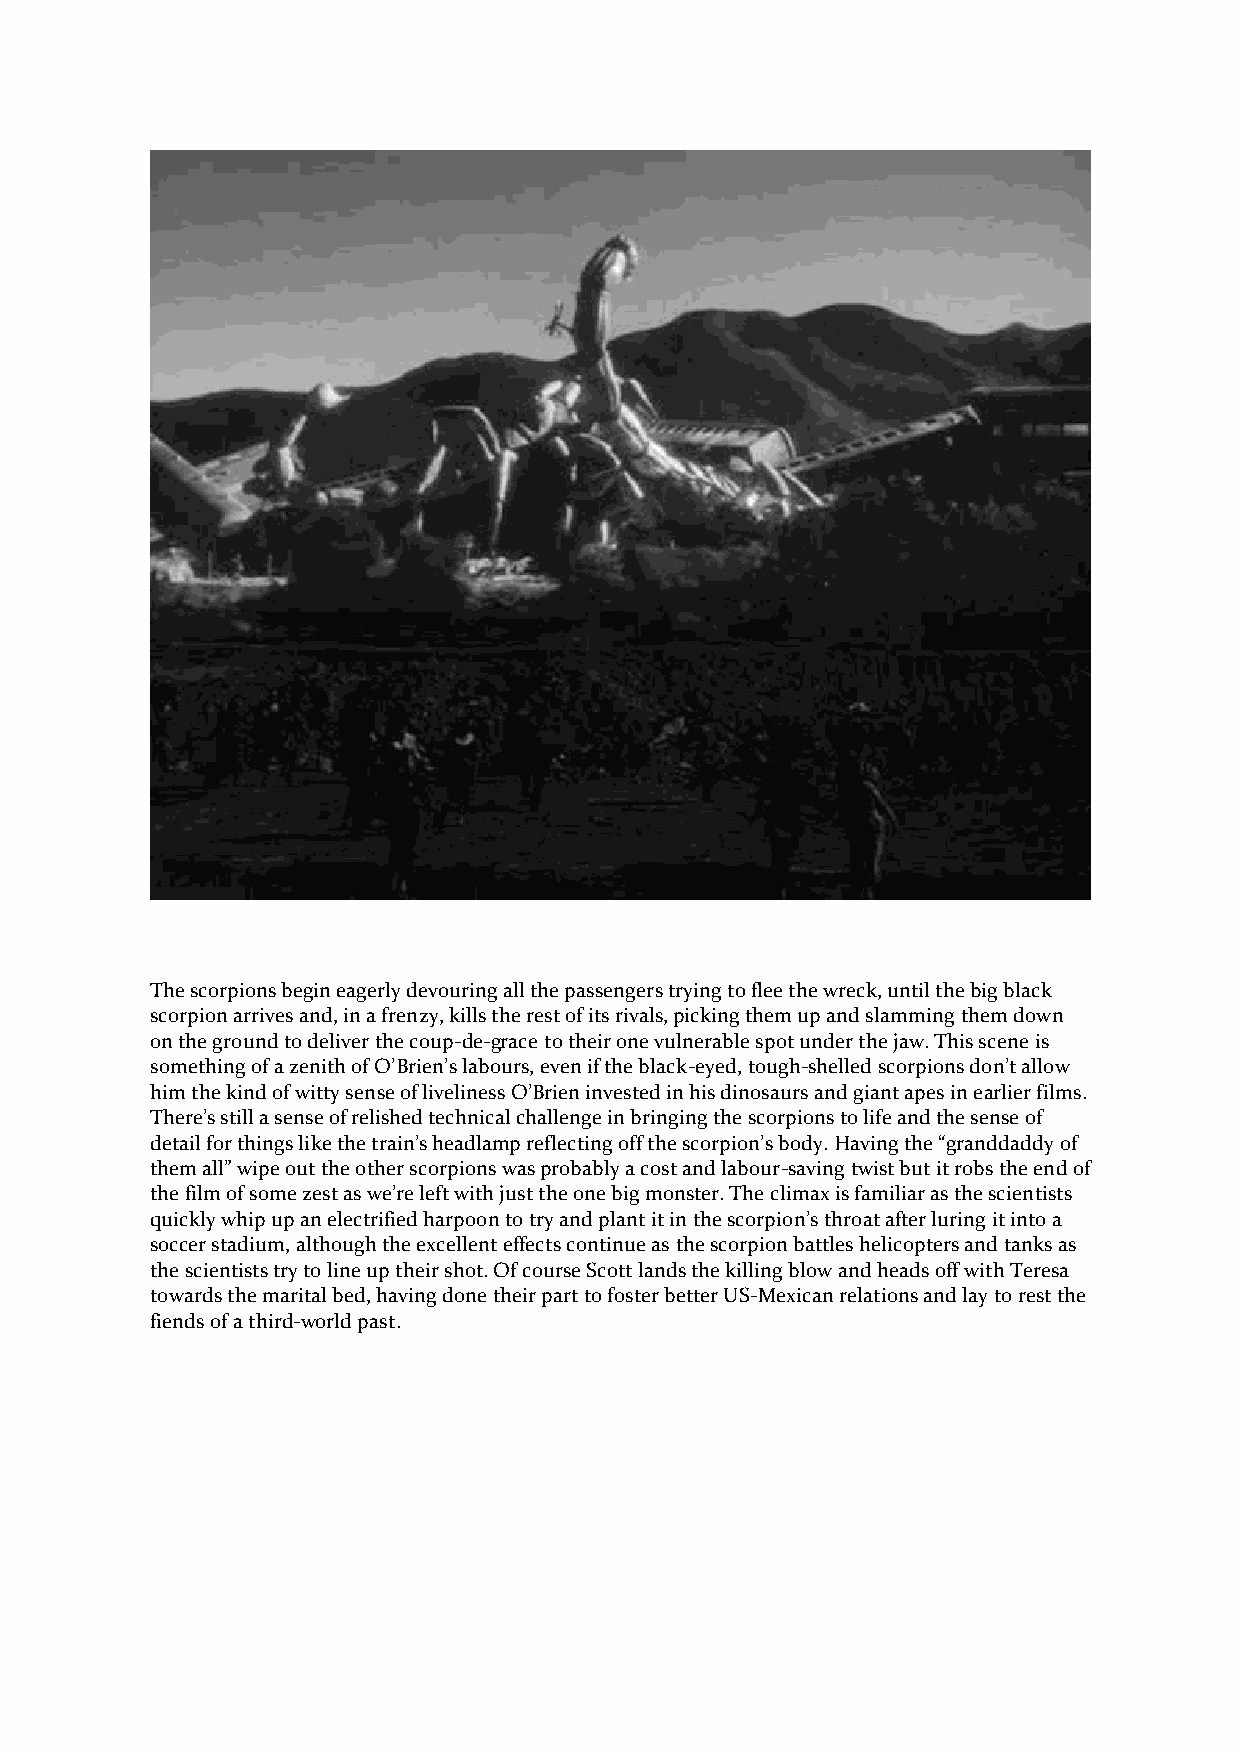
The scorpions begin eagerly devouring all the passengers trying to flee the wreck, until the big black
 scorpion arrives and, in a frenzy, kills the rest of its rivals, picking them up and slamming them down
 on the ground to deliver the coup-de-grace to their one vulnerable spot under the jaw. This scene is
 something of a zenith of O’Brien’s labours, even if the black-eyed, tough-shelled scorpions don’t allow
 him the kind of witty sense of liveliness O’Brien invested in his dinosaurs and giant apes in earlier films.
 There’s still a sense of relished technical challenge in bringing the scorpions to life and the sense of
 detail for things like the train’s headlamp reflecting off the scorpion’s body. Having the “granddaddy of
 them all” wipe out the other scorpions was probably a cost and labour-saving twist but it robs the end of
 the film of some zest as we’re left with just the one big monster. The climax is familiar as the scientists
 quickly whip up an electrified harpoon to try and plant it in the scorpion’s throat after luring it into a
 soccer stadium, although the excellent effects continue as the scorpion battles helicopters and tanks as
 the scientists try to line up their shot. Of course Scott lands the killing blow and heads off with Teresa
 towards the marital bed, having done their part to foster better US-Mexican relations and lay to rest the
 fiends of a third-world past.